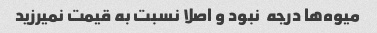
میوه‌ها درجه  نبود و اصلا نسبت به قیمت نمیرزید